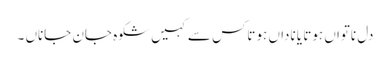
دل ناتواں ہوتا یا ناداں ہوتاکس سے کہیں شکوہ جان جاناں ۔